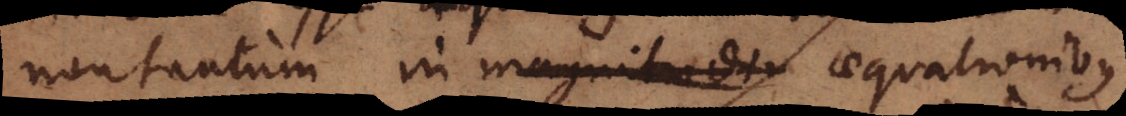
non tantum in magnitud aequationibus,